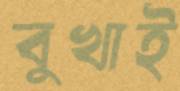
বুখাই